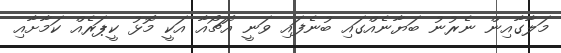
މަލާގާއިން ނެރުނު ބަޔާނެއްގައި ބުނެފައި ވަނީ އޮޗޯއާ އަކީ މޮޅު ކީޕަރެއް ކަމާށާއި